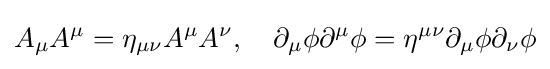
A_{\mu }A^{\mu }=\eta _{\mu \nu }A^{\mu }A^{\nu },\quad \partial _{\mu }\phi \partial ^{\mu }\phi =\eta ^{\mu \nu }\partial _{\mu }\phi \partial _{\nu }\phi